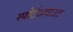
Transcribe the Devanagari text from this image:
स्पोर्टअबाउट